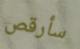
سأرقص